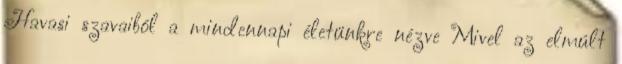
Havasi szavaiból a mindennapi életünkre nézve Mivel az elmúlt